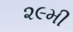
૨૯મી